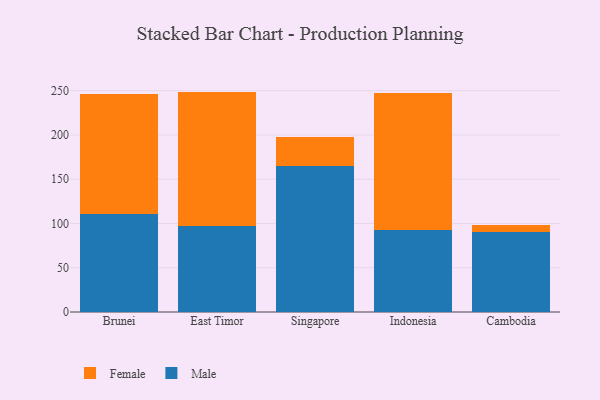
{"axis": {"x": "Country", "y": "Waste Production (Tons)"}, "legend": ["Female", "Male"], "data": [{"x": "Brunei", "y": 110.5, "type": "Male"}, {"x": "Brunei", "y": 135.8, "type": "Female"}, {"x": "East Timor", "y": 97.4, "type": "Male"}, {"x": "East Timor", "y": 151.6, "type": "Female"}, {"x": "Singapore", "y": 165.0, "type": "Male"}, {"x": "Singapore", "y": 33.0, "type": "Female"}, {"x": "Indonesia", "y": 92.5, "type": "Male"}, {"x": "Indonesia", "y": 155.2, "type": "Female"}, {"x": "Cambodia", "y": 90.5, "type": "Male"}, {"x": "Cambodia", "y": 8.3, "type": "Female"}]}